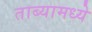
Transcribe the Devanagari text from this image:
ताब्यामध्ये